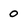
Character: o